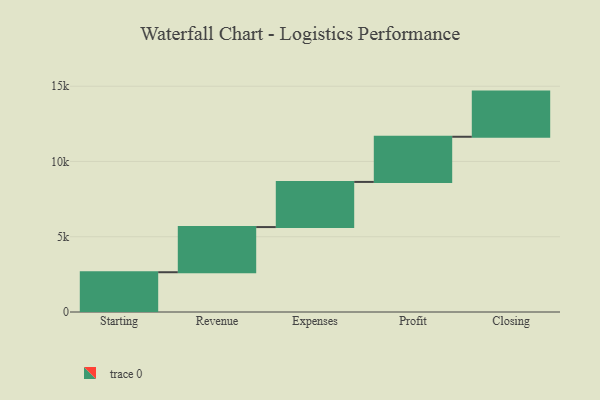
{"axis": {"x": "Step", "y": "Value"}, "legend": [""], "data": [{"x": "Starting", "y": 2642.0, "type": ""}, {"x": "Revenue", "y": 3000, "type": ""}, {"x": "Expenses", "y": 3000, "type": ""}, {"x": "Profit", "y": 3000, "type": ""}, {"x": "Closing", "y": 3000, "type": ""}]}